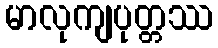
မာလုကျပုတ္တဿ